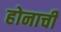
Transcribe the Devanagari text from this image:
होनाची